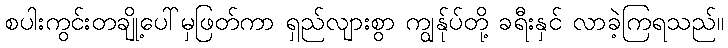
စပါးကွင်းတချို့ပေါ်မှဖြတ်ကာ ရှည်လျားစွာ ကျွန်ုပ်တို့ ခရီးနှင် လာခဲ့ကြရသည်။